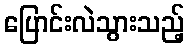
ပြောင်းလဲသွားသည့်